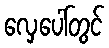
လှေပေါ်တွင်